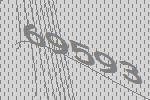
69593